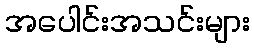
အပေါင်းအသင်းများ